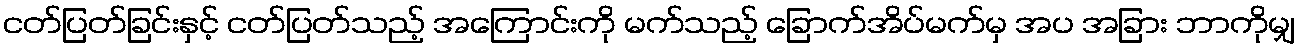
ငတ်ပြတ်ခြင်းနှင့် ငတ်ပြတ်သည့် အကြောင်းကို မက်သည့် ခြောက်အိပ်မက်မှ အပ အခြား ဘာကိုမျှ